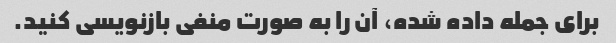
برای جمله داده شده، آن را به صورت منفی بازنویسی کنید.